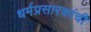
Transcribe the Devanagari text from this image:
धर्मप्रसारकांची